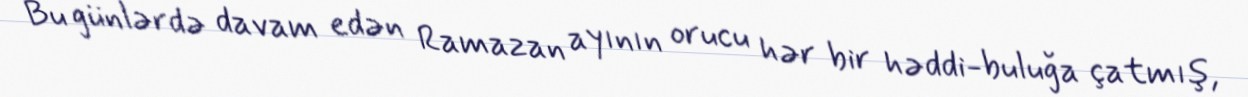
Bu günlərdə davam edən Ramazan ayının orucu hər bir həddi-buluğa çatmış,